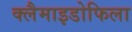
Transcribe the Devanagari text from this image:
क्लैमाइडोफिला